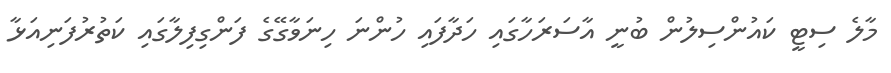
މާލެ ސިޓީ ކައުންސިލުން ބުނީ އާސަރަހާގައި ހަދާފައި ހުންނަ ހިނަވާގޭގެ ފަންގިފިލާގައި ކަތުރުފަނިއަޅާ